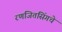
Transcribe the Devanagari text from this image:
रणजितसिंगचे